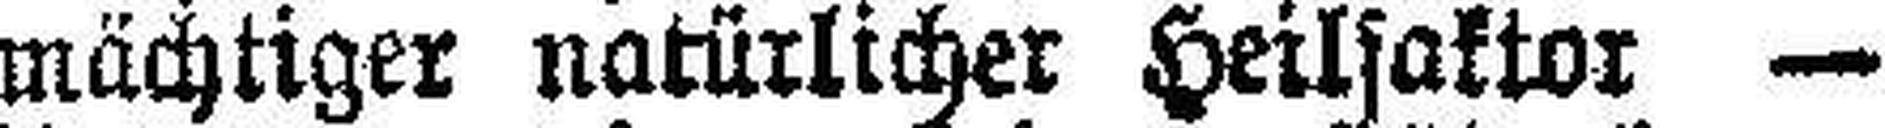
mächtiger natürlicher Heilsaktor —